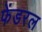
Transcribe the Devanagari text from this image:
फेंडरल